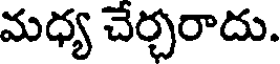
మధ్య చేర్చరాదు.